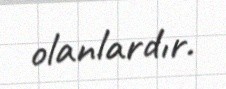
olanlardır.